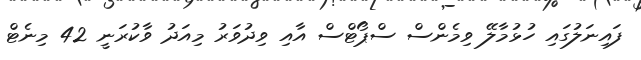
ފައިނަލުގައި ހުޅުމާލޭ ވިމެންސް ސްޕޯޓްސް އާއި ވިދުވަރު މިއަދު ވާކުރަނީ 42 މިނެޓް